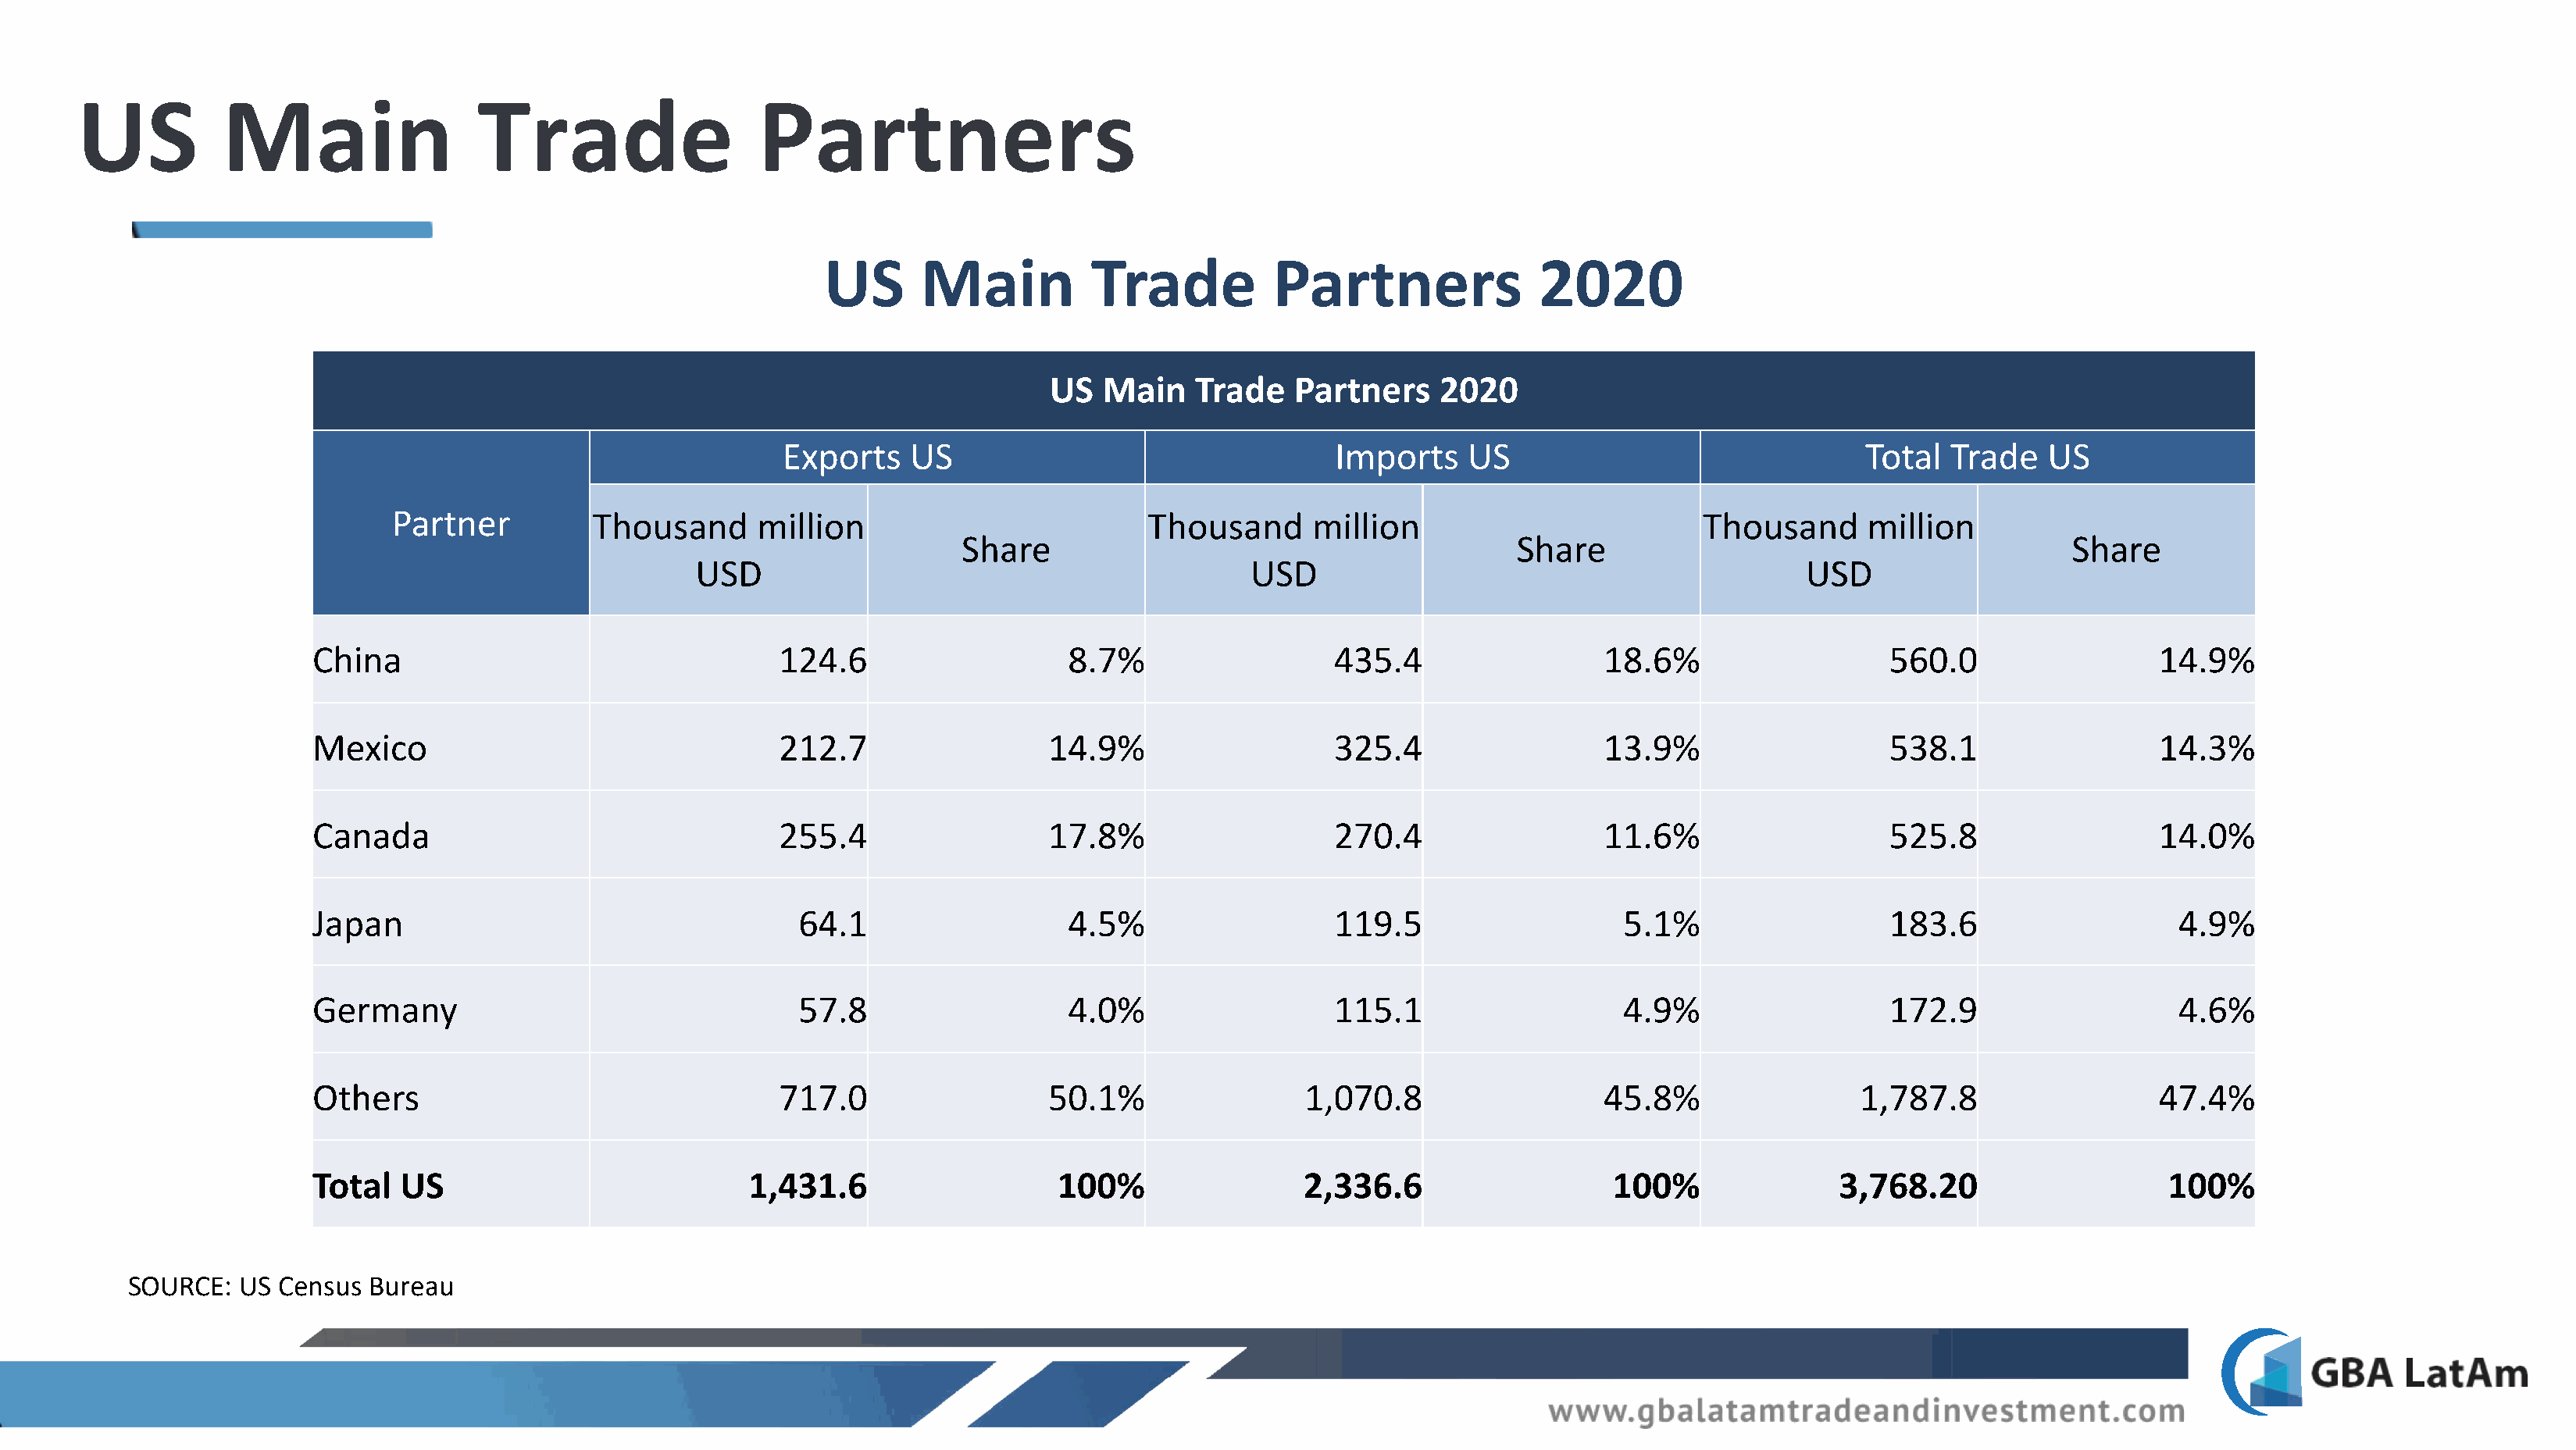
US          Main                 Trade                   Partners
 US      Main          Trade           Partners              2020
 US  Main    Trade    Partners    2020
 Exports    US                                  Imports    US                                Total  Trade    US
 Partner          Thousand      million                          Thousand      million                          Thousand      million
 Share                                           Share                                          Share
 USD                                            USD                                            USD
 China                                   124.6                    8.7%                  435.4                  18.6%                   560.0                  14.9%
 Mexico                                  212.7                  14.9%                   325.4                  13.9%                   538.1                  14.3%
 Canada                                  255.4                  17.8%                   270.4                  11.6%                   525.8                  14.0%
 Japan                                     64.1                   4.5%                  119.5                    5.1%                  183.6                    4.9%
 Germany                                   57.8                   4.0%                  115.1                    4.9%                  172.9                    4.6%
 Others                                  717.0                  50.1%                 1,070.8                  45.8%                 1,787.8                  47.4%
 Total   US                           1,431.6                    100%                2,336.6                    100%               3,768.20                    100%
 SOURCE:  US  Census Bureau